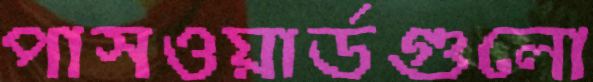
পাসওয়ার্ডগুলো